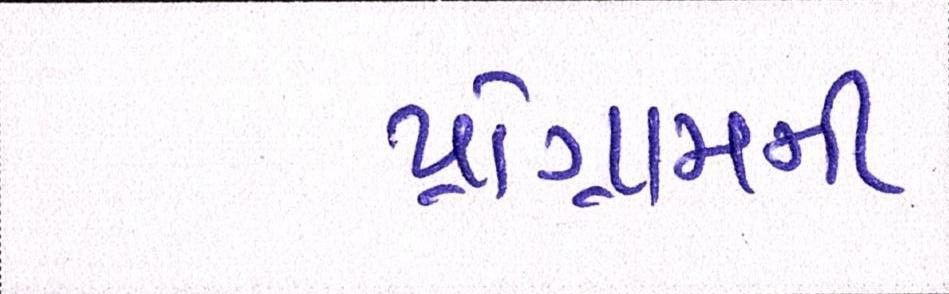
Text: પ્રોગ્રામની